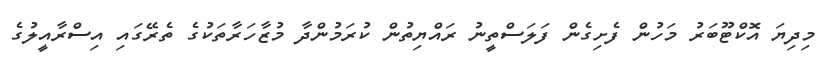
މިދިޔަ އޮކްޓޫބަރު މަހުން ފެށިގެން ފަލަސްތީނު ރައްޔިތުން ކުރަމުންދާ މުޒާހަރާތަކުގެ ތެރޭގައި އިސްރާއީލުގެ